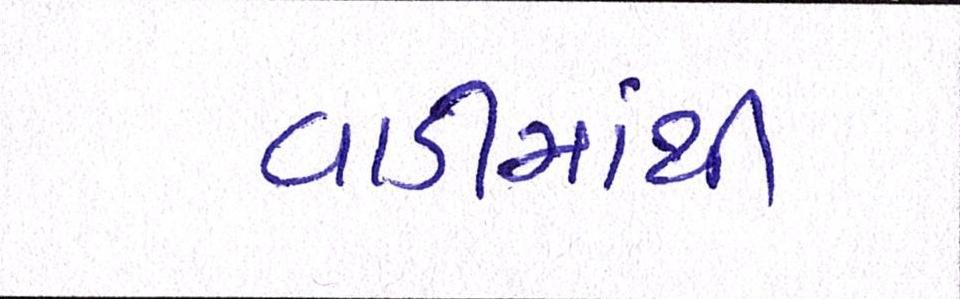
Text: વાડીમાંથી